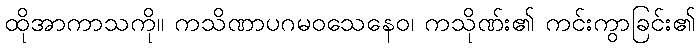
ထိုအာကာသကို။ ကသိဏာပဂမဝသေနေဝ၊ ကသိုဏ်း၏ ကင်းကွာခြင်း၏